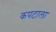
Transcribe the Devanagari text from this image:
कपटाला